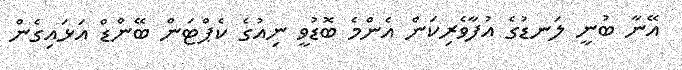
އޭނާ ބުނީ ލަނޑުގެ އުފާވެރިކަން އެންމެ ބޮޑުވީ ނިއުގެ ކެޕްޓަން ބޭންޑް އަޅައިގެން